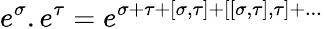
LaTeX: e^{\sigma}.e^{\tau}=e^{\sigma+\tau+[\sigma,\tau]+[[\sigma,\tau],\tau]+...}